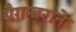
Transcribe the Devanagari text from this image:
पैग़म्बराने